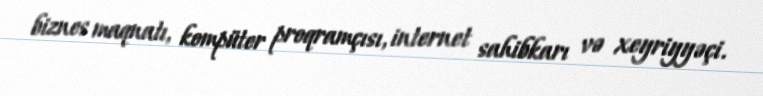
biznes maqnatı, kompüter proqramçısı, internet sahibkarı və xeyriyyəçi.